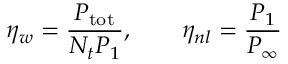
\eta _ { w } = \frac { P _ { \mathrm { t o t } } } { N _ { t } P _ { 1 } } , \qquad \eta _ { n l } = \frac { P _ { 1 } } { P _ { \infty } }